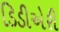
ડિડીએરી